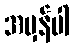
အမှန်ပါ